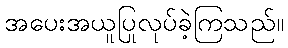
အပေးအယူပြုလုပ်ခဲ့ကြသည်။